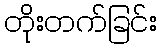
တိုးတက်ခြင်း